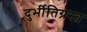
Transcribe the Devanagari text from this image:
दुर्भीतिग्रस्त